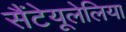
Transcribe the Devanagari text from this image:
सैंटेयूलेलिया